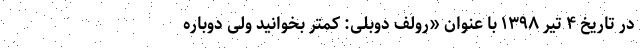
در تاریخ ۴ تیر ۱۳۹۸ با عنوان «رولف دوبلی: کمتر بخوانید ولی دوباره